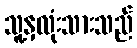
သူ့နှလုံးသားသည်